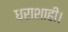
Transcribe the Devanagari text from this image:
धराशाही।